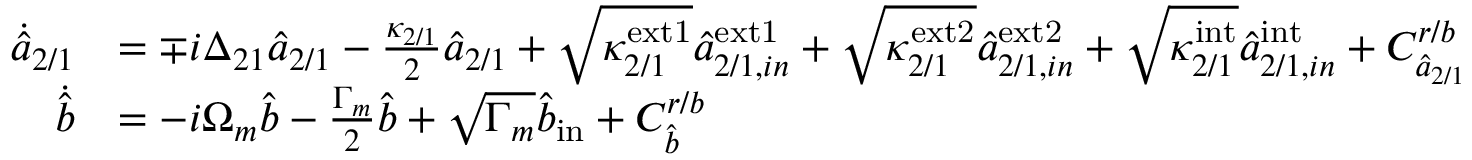
\begin{array} { r l } { \Dot { \hat { a } } _ { 2 / 1 } } & { = \mp i \Delta _ { 2 1 } \hat { a } _ { 2 / 1 } - \frac { \kappa _ { 2 / 1 } } { 2 } \hat { a } _ { 2 / 1 } + \sqrt { \kappa _ { 2 / 1 } ^ { \mathrm { e x t 1 } } } \hat { a } _ { 2 / 1 , i n } ^ { \mathrm { e x t 1 } } + \sqrt { \kappa _ { 2 / 1 } ^ { \mathrm { e x t 2 } } } \hat { a } _ { 2 / 1 , i n } ^ { \mathrm { e x t 2 } } + \sqrt { \kappa _ { 2 / 1 } ^ { \mathrm { i n t } } } \hat { a } _ { 2 / 1 , i n } ^ { \mathrm { i n t } } + C _ { \hat { a } _ { 2 / 1 } } ^ { r / b } } \\ { \Dot { \hat { b } } } & { = - i \Omega _ { m } \hat { b } - \frac { \Gamma _ { m } } { 2 } \hat { b } + \sqrt { \Gamma _ { m } } \hat { b } _ { \mathrm { i n } } + C _ { \hat { b } } ^ { r / b } } \end{array}